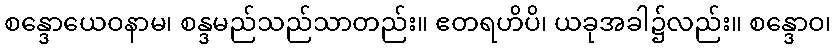
စန္ဒောယေဝနာမ၊ စန္ဒမည်သည်သာတည်း။ ဧတရဟိပိ၊ ယခုအခါ၌လည်း။ စန္ဒောဝ၊